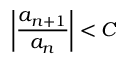
\left\vert { \frac { a _ { n + 1 } } { a _ { n } } } \right\vert < C